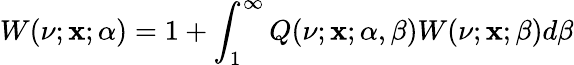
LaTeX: W(\nu;\mathbf{x};\alpha)=1+\int_{1}^{\infty}Q(\nu;\mathbf{x};\alpha,\beta)W(\nu;\mathbf{x};\beta)d\beta